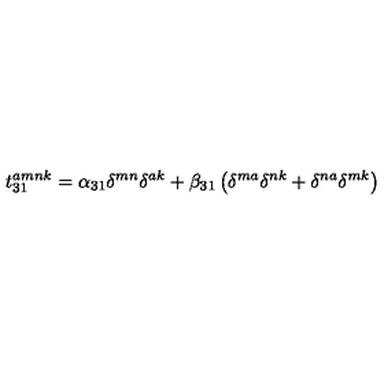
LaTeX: t _ { 3 1 } ^ { a m n k } = \alpha _ { 3 1 } \delta ^ { m n } \delta ^ { a k } + \beta _ { 3 1 } \left( \delta ^ { m a } \delta ^ { n k } + \delta ^ { n a } \delta ^ { m k } \right)